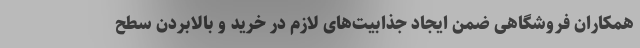
همکاران فروشگاهی ضمن ایجاد جذابیت‌های لازم در خرید و بالابردن سطح